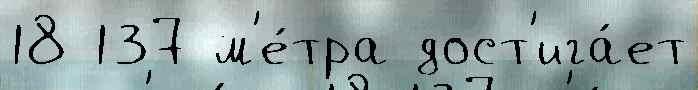
18 137 м'е́тра дост'ига́ет